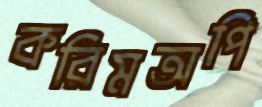
করিমঅপি